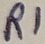
Text: R1